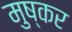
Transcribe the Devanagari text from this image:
मुष्कर